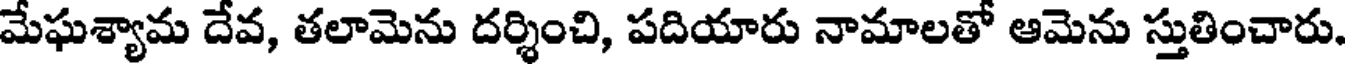
మేఘశ్యామ దేవ, తలామెను దర్శించి, పదియారు నామాలతో ఆమెను స్తుతించారు.